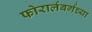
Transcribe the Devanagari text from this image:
फोरार्लबर्गच्या